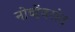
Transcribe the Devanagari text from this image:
नोव्हेंबरांत